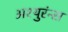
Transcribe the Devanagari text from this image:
अश्युरंन्स